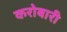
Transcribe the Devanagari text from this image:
करोबारी